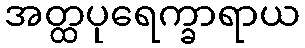
အတ္ထပုရေက္ခာရာယ